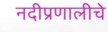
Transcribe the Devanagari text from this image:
नदीप्रणालीचे